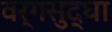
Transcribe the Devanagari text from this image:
वर्गसुद्धा